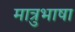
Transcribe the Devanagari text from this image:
मात्रुभाषा